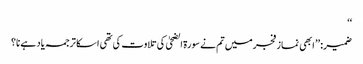
‘‘
ضمیر: ’’ ابھی نماز فجرمیں تم نے سورۃ الضحیٰ کی تلاوت کی تھی ا سکا ترجمہ یاد ہے نا؟